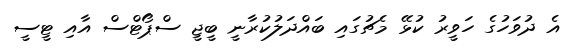
އެ ދުވަހުގެ ހަވީރު ކުޅޭ މެޗުގައި ބައްދަލުކުރާނީ ބީޖީ ސްޕޯޓްސް އާއި ޓީސީ